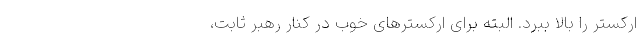
ارکستر را بالا ببرد. البته برای ارکسترهای خوب در کنار رهبر ثابت،